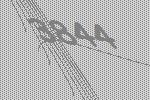
3844